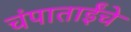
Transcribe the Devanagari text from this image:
चंपाताईंचे